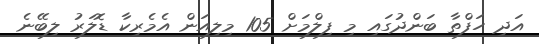
އަދި ހަފްތާ ބަންދުގައި މި ފިލްމަށް 105 މިލިއަން އެމެރިކާ ޑޮލަރު ލިބޭނެ